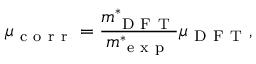
\mu _ { \mathrm { ~ c ~ o ~ r ~ r ~ } } = \frac { m _ { \mathrm { ~ D ~ F ~ T ~ } } ^ { * } } { m _ { \mathrm { ~ e ~ x ~ p ~ } } ^ { * } } \mu _ { \mathrm { ~ D ~ F ~ T ~ } } ,